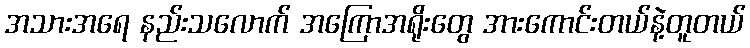
အသားအရေ နည်းသလောက် အကြောအရိုးတွေ အားကောင်းတယ်နဲ့တူတယ်